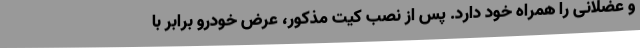
و عضلانی را همراه خود دارد. پس از نصب کیت مذکور، عرض خودرو برابر با